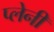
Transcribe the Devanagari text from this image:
प्लेनी